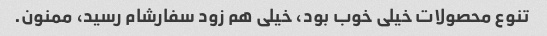
تنوع محصولات خیلی خوب بود، خیلی هم زود سفارشام رسید، ممنون.